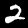
Label: 2